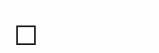
٤